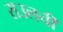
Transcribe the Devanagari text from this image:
राउलची